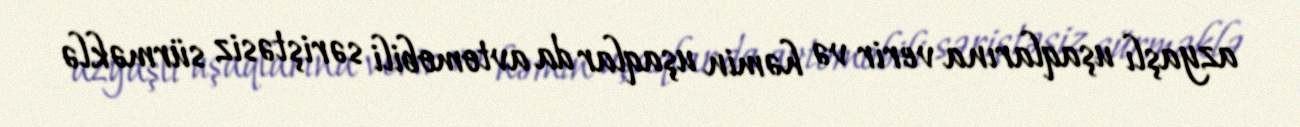
azyaşlı uşaqlarına verir və həmin uşaqlar da avtomobili səriştəsiz sürməklə